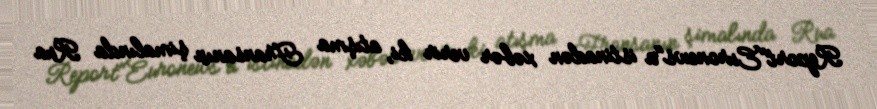
Report"Euronews"a istinadən xəbər verir ki, atışma Fransanın şimalında Rua